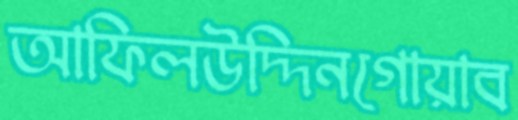
আফিলউদ্দিনগোয়াব